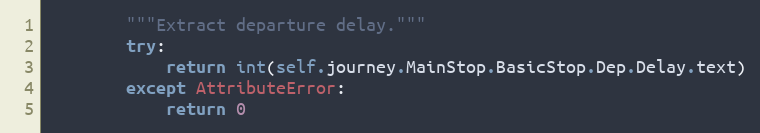
Language: Python
        """Extract departure delay."""
        try:
            return int(self.journey.MainStop.BasicStop.Dep.Delay.text)
        except AttributeError:
            return 0